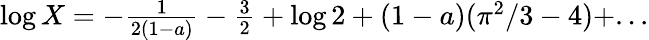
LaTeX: \begin{array}{r}{\log X=-\frac{1}{2(1-a)}-\frac{3}{2}+\log 2+(1-a)(\pi^{2}/3-4)+...}\end{array}